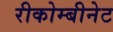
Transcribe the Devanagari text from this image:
रीकोम्बीनेट